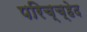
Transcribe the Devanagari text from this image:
परिच्च्हेद